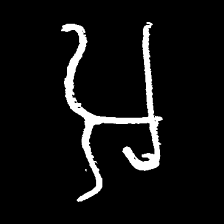
Pyu character \u2014 Myanmar letter: အ (romanized: a)